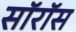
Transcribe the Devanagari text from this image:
सॉरॉस